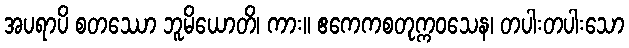
အပရာပိ စတဿော ဘူမိယောတိ၊ ကား။ ဧကေကစတုက္ကဝသေန၊ တပါးတပါးသော